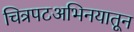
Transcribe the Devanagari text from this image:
चित्रपटअभिनयातून